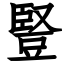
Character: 豎